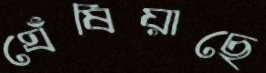
ঘেঁষিয়াছে